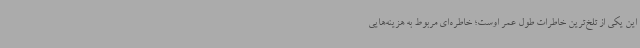
این یکی از تلخ‌ترین خاطرات طول عمر اوست؛ خاطره‌ای مربوط به هزینه‌هایی